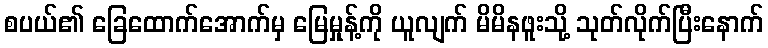
စပယ်၏ ခြေထောက်အောက်မှ မြေမှုန့်ကို ယူလျက် မိမိနဖူးသို့ သုတ်လိုက်ပြီးနောက်